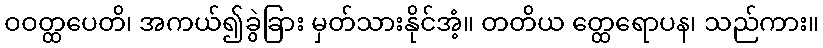
ဝဝတ္ထပေတိ၊ အကယ်၍ခွဲခြား မှတ်သားနိုင်အံ့။ တတိယ တ္ထေရောပန၊ သည်ကား။